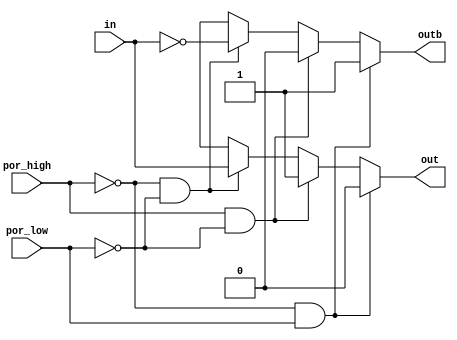
// SPDX-License-Identifier: Apache-2.0
// Copyright (C) 2019 Intel Corporation. All rights reserved
// Library - aibcr3_lib, Cell - aibcr3_lvshift, View - schematic
// LAST TIME SAVED: Oct  3 18:25:57 2014
// NETLIST TIME: Oct 28 12:42:28 2014

module aibcr3_lvshift ( out, outb, in, por_high, por_low
     );

output  out, outb;


input  in, por_high, por_low;
reg out, outb;
wire NET58 , in_shift , in_shiftb , inb , in_sw , NET59 ;
//no vcc_input, vcc_output and vss tracking as of now.
always @ (in, por_high, por_low)
begin
	if ((por_high == 1'b0) && (por_low == 1'b1))
	begin
		out = 1'b0;
		outb = 1'b1;
	end
	else if ((por_high == 1'b1) && (por_low == 1'b0))
	begin
                out = 1'b1;
                outb = 1'b0;
	end
	else if ((por_high == 1'b0) && (por_low == 1'b0))
	begin
		out = in;
		outb = ~in;	
	end
	else
	begin
		out = 1'bx;
		outb = 1'bx;
	end	
end
endmodule